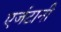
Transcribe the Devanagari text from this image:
एजंटानी